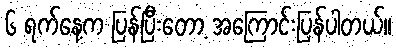
၆ ရက်နေ့က ပြန်ပြီးတော့ အကြောင်းပြန်ပါတယ်။